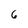
Character: 6